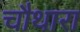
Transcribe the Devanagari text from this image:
चौथारा